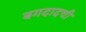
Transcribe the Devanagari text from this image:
बगदादची